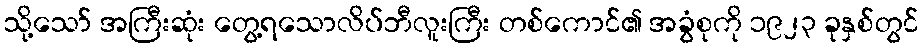
သို့သော် အကြီးဆုံး တွေ့ရသောလိပ်ဘီလူးကြီး တစ်ကောင်၏ အခွံစုကို ၁၉၂၃ ခုနှစ်တွင်